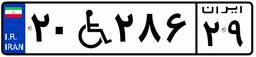
۲۰W۲۸۶۲۹